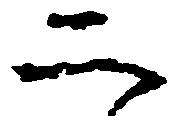
二